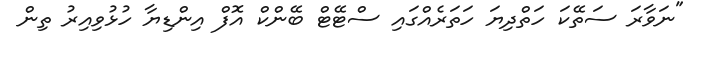
"ނަވާރަ ސަތޭކަ ހަތްދިޔަ ހަތަރެއްގައި ސްޓޭޓް ބޭންކް އޮފް އިންޑިޔާ ހުޅުވިއިރު ތިން